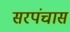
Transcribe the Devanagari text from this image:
सरपंचास